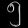
Digit: ၅